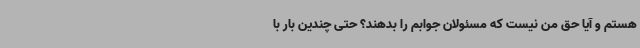
هستم و آیا حق من نیست که مسئولان جوابم را بدهند؟ حتی چندین بار با